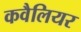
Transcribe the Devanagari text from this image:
कवैलियर